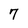
Character: 7